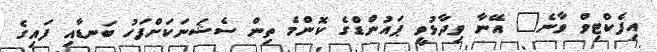
އިފެކްޓިވް ވާނެ" އޭނާ ވިދާޅުވީ ޕައުންޑްގެ ކޮންމެ ތިން ސެޝަނަކަށްފަހު ބަނޑާއި ފައިގެ